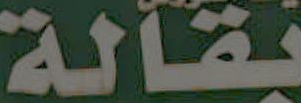
بقالة